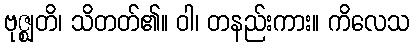
ဗုဇ္ဈတိ၊ သိတတ်၏။ ဝါ၊ တနည်းကား။ ကိလေသ